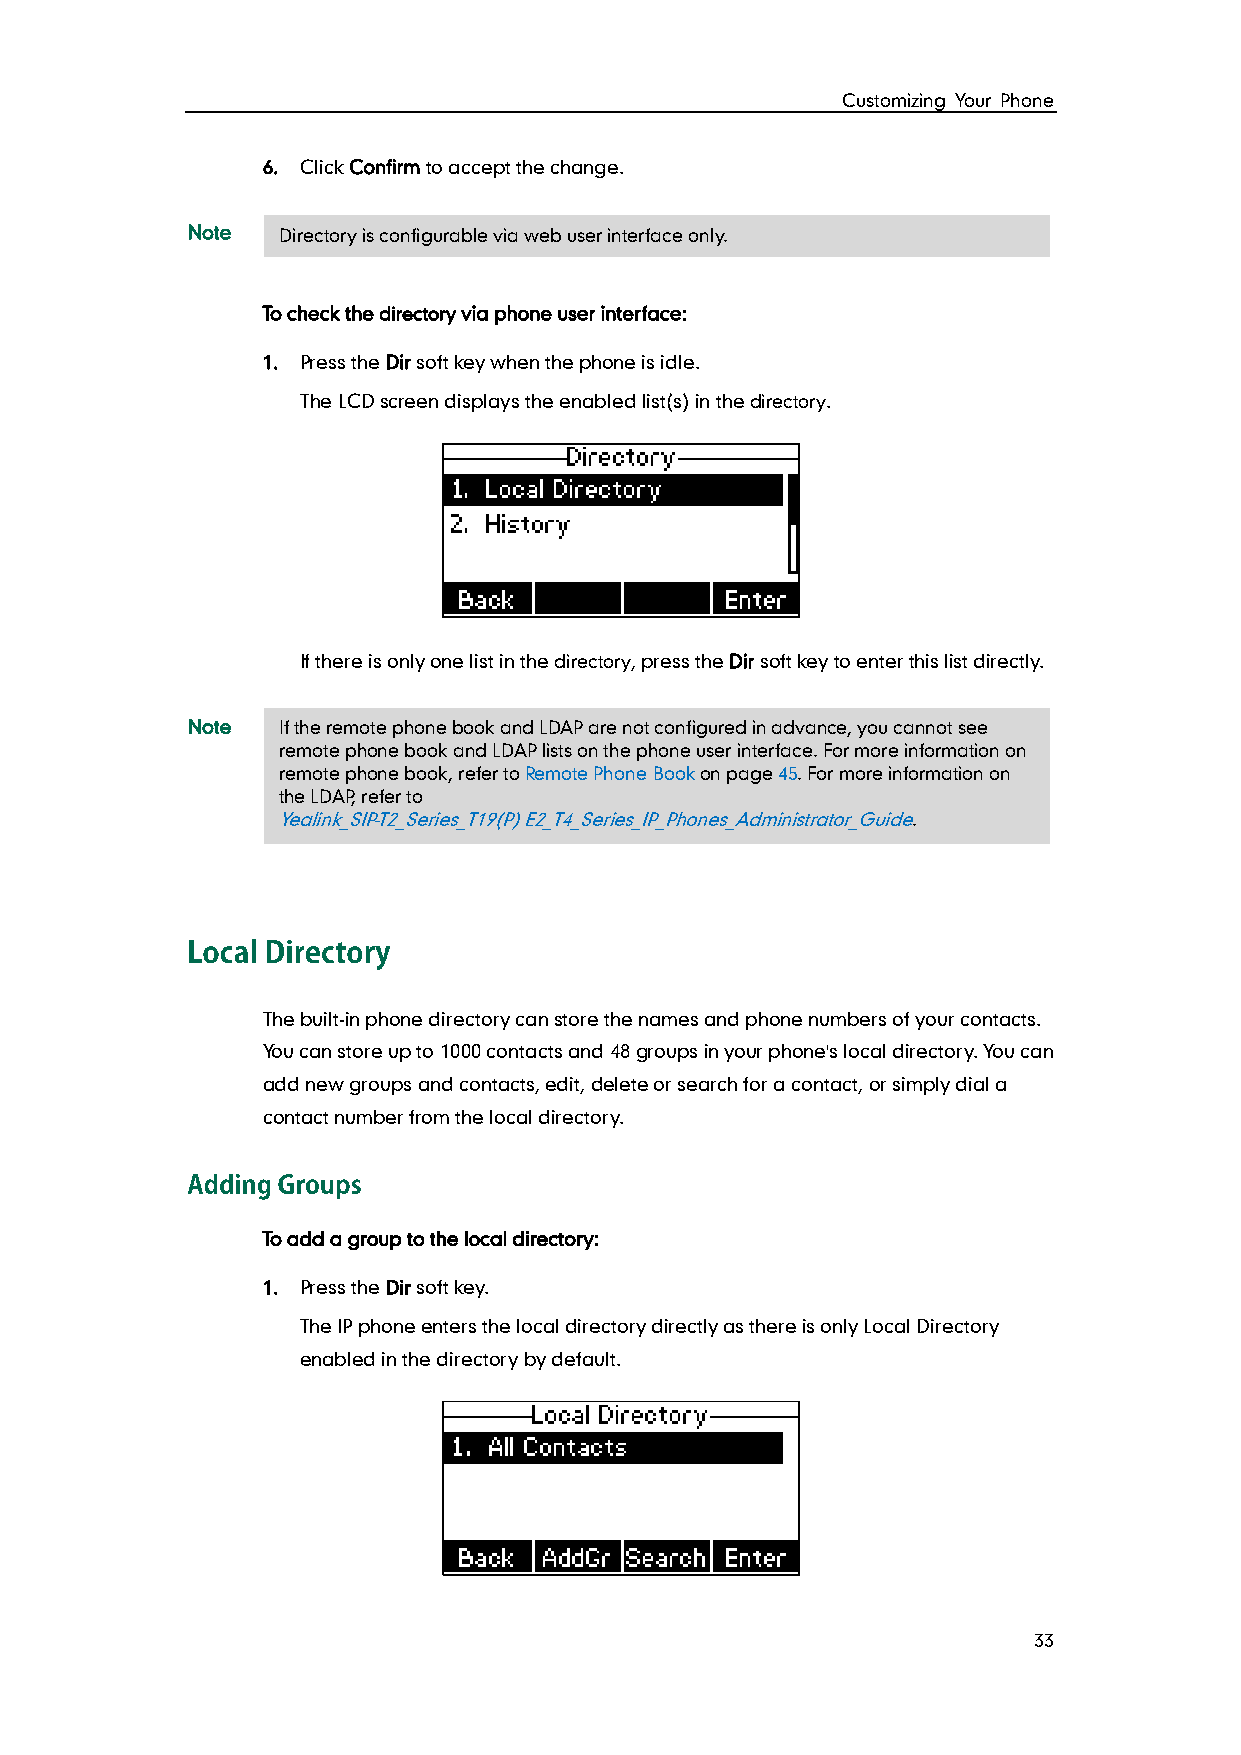
Customizing Your Phone
 6. Click Confirm to accept the change.
 Note  Directory is configurable via web user interface only.
 To check the directory via phone user interface:
 1. Press the Dir soft key when the phone is idle.
 The LCD screen displays the enabled list(s) in the directory.
 If there is only one list in the directory, press the Dir soft key to enter this list directly.
 Note  If the remote phone book and LDAP are not configured in advance, you cannot see
 remote phone book and LDAP lists on the phone user interface. For more information on
 remote phone book, refer to Remote Phone Book on page 45. For more information on
 the LDAP, refer to
 Yealink_SIP-T2_Series_T19(P) E2_T4_Series_IP_Phones_Administrator_Guide.
 The built-in phone directory can store the names and phone numbers of your contacts.
 You can store up to 1000 contacts and 48 groups in your phone's local directory. You can
 add new groups and contacts, edit, delete or search for a contact, or simply dial a
 contact number from the local directory.
 To add a group to the local directory:
 1. Press the Dir soft key.
 The IP phone enters the local directory directly as there is only Local Directory
 enabled in the directory by default.
 33